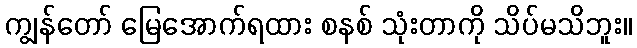
ကျွန်တော် မြေအောက်ရထား စနစ် သုံးတာကို သိပ်မသိဘူး။